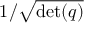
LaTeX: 1 / { \sqrt { \operatorname* { d e t } ( q ) } }